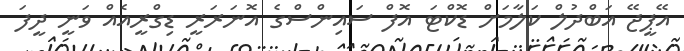
އޭޕީޖޭ އަބްދުލް ކަލާމަށް ޑޮކްޓަ އޮފް ސައިންސްގެ އޮނަރަރީ ޑިގްރީއެއް ވަނީ ދީފަ